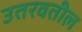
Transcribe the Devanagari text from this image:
उतरवतील